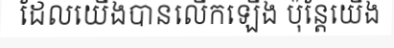
ដែលយើងបានលើកឡើង ប៉ុន្តែយើង